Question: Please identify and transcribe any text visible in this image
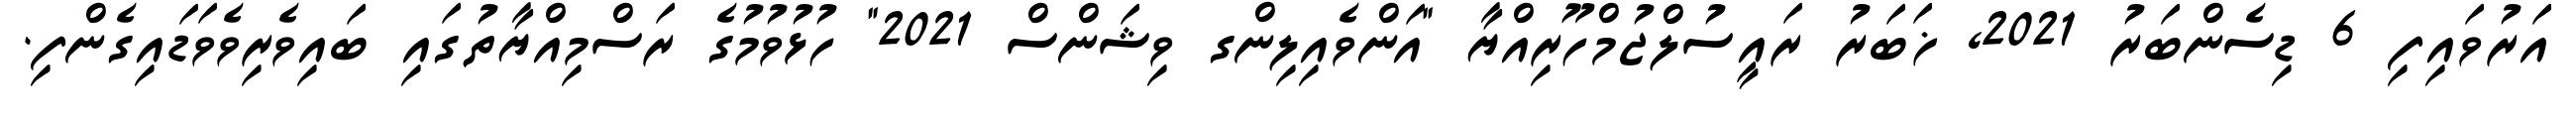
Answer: އަރުވައިފި 6 ޑިސެންބަރު 2021, ޚަބަރު ރައީސުލްޖުމްހޫރިއްޔާ "އަންވެއިލިންގ ވިޝަންސް 2021" ހުޅުވުމުގެ ރަސްމިއްޔާތުގައި ބައިވެރިވެވަޑައިގެންފި.